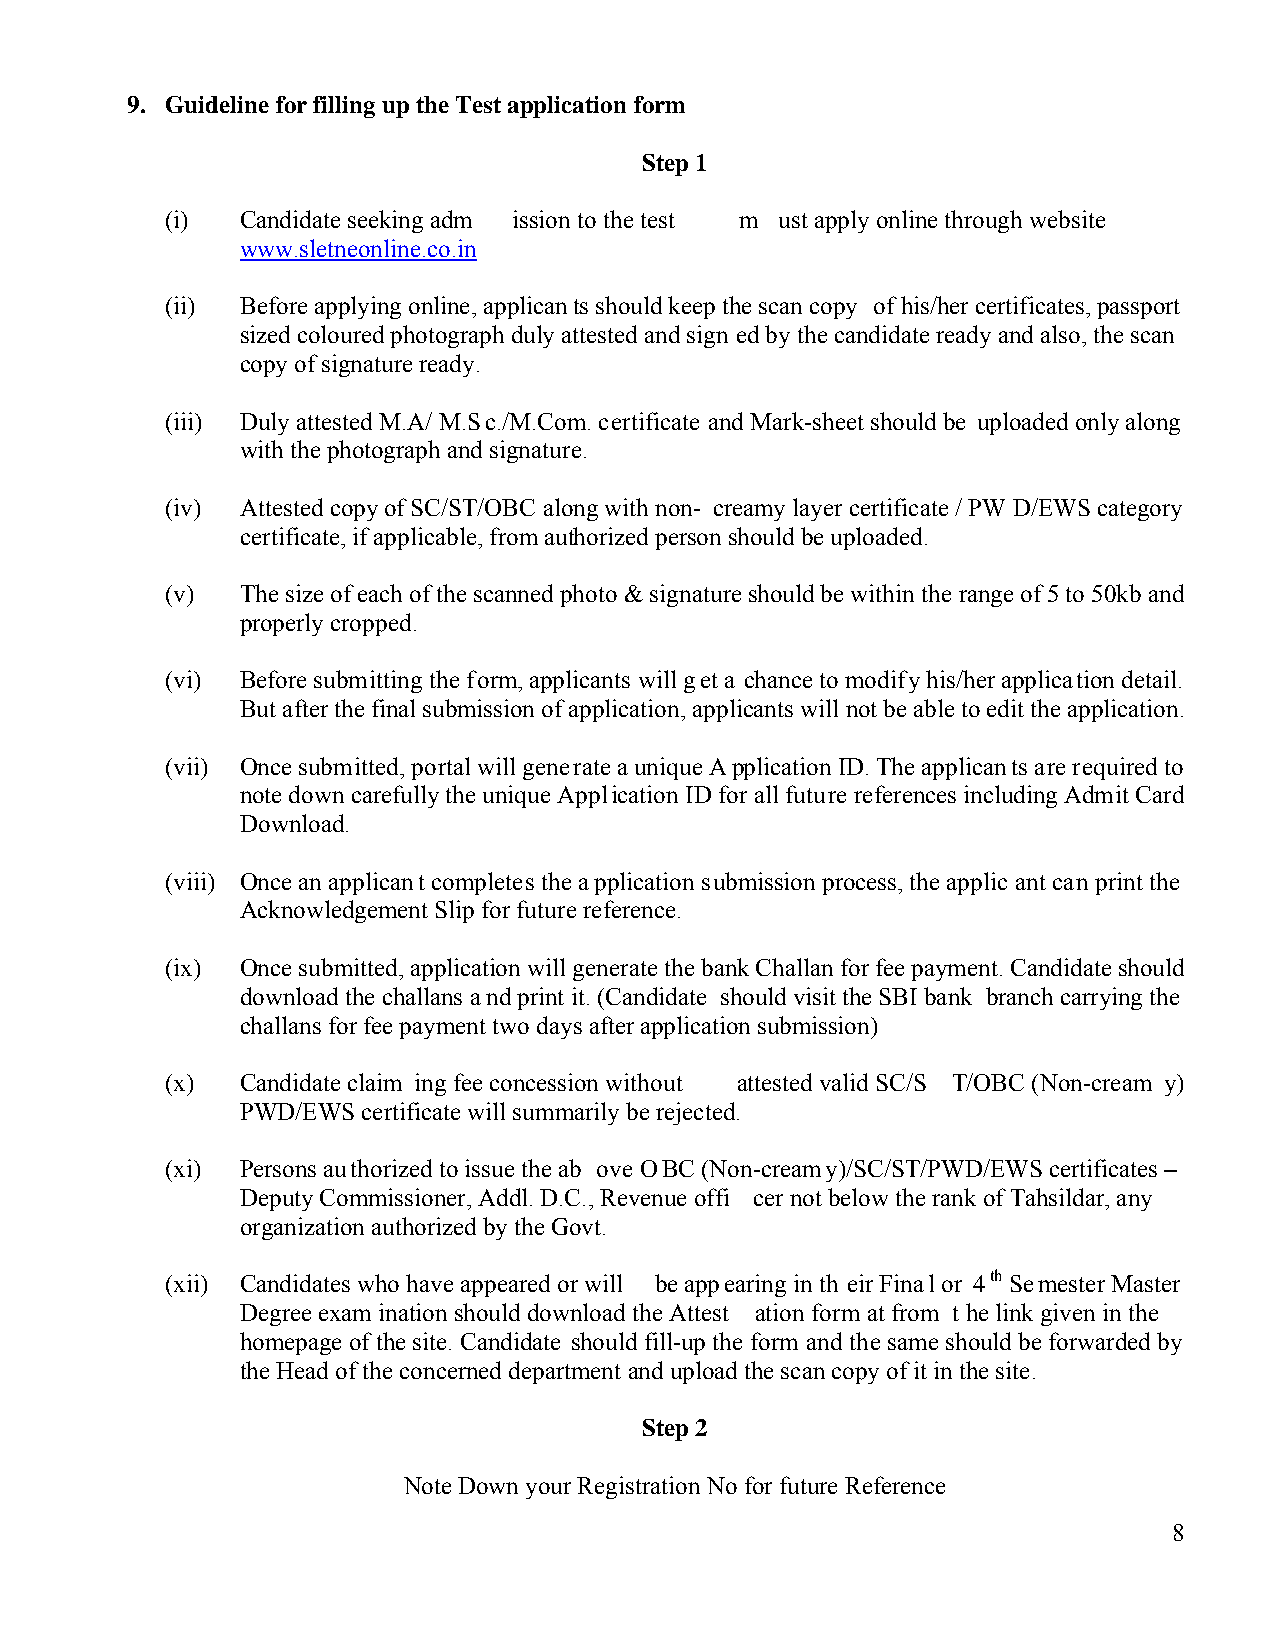
9. Guideline for filling up the Test application form
 Step 1
 (i)  Candidate seeking adm ission to the test m ust apply online through website
 www.sletneonline.co.in
 (ii) Before applying online, applicants should keep the scan copy of his/her certificates, passport
 sized coloured photograph duly attested and sign ed by the candidate ready and also, the scan
 copy of signature ready.
 (iii) Duly attested M.A/ M.Sc./M.Com. certificate and Mark-sheet should be uploaded only along
 with the photograph and signature.
 (iv) Attested copy of SC/ST/OBC along with non- creamy layer certificate / PW D/EWS category
 certificate, if applicable, from authorized person should be uploaded.
 (v)  The size of each of the scanned photo & signature should be within the range of 5 to 50kb and
 properly cropped.
 (vi) Before submitting the form, applicants will get a chance to modify his/her application detail.
 But after the final submission of application, applicants will not be able to edit the application.
 (vii) Once submitted, portal will generate a unique Application ID. The applicants are required to
 note down carefully the unique Application ID for all future references including Admit Card
 Download.
 (viii) Once an applicant completes the application submission process, the applic ant can print the
 Acknowledgement Slip for future reference.
 (ix) Once submitted, application will generate the bank Challan for fee payment. Candidate should
 download the challans and print it. (Candidate should visit the SBI bank branch carrying the
 challans for fee payment two days after application submission)
 (x)  Candidate claim ing fee concession without attested valid SC/S T/OBC (Non-cream y)
 PWD/EWS certificate will summarily be rejected.
 (xi) Persons authorized to issue the ab ove OBC (Non-creamy)/SC/ST/PWD/EWS certificates –
 Deputy Commissioner, Addl. D.C., Revenue offi cer not below the rank of Tahsildar, any
 organization authorized by the Govt.
 (xii) Candidates who have appeared or will be appearing in th eir Final or 4th Semester Master
 Degree exam ination should download the Attest ation form at from t he link given in the
 homepage of the site. Candidate should fill-up the form and the same should be forwarded by
 the Head of the concerned department and upload the scan copy of it in the site.
 Step 2
 Note Down your Registration No for future Reference
 8